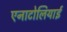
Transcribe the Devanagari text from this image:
एनाटोलियाई